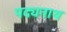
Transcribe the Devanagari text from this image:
पद्यनाथ